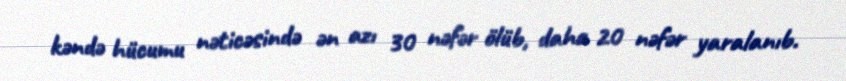
kəndə hücumu nəticəsində ən azı 30 nəfər ölüb, daha 20 nəfər yaralanıb.